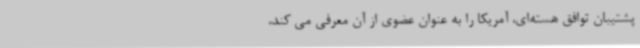
پشتیبان توافق هسته‌ای، آمریکا را به عنوان عضوی از آن معرفی می کند،